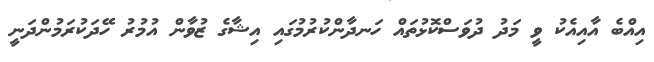
އިއްބެ އާއިއެކު ވީ މަދު ދުވަސްކޮޅުތައް ހަނދާންކުރުމުގައި އިޝާގެ ޒުވާން އުމުރު ހޭދަކުރަމުންދަނީ